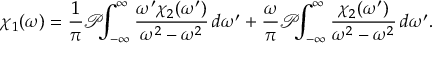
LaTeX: \chi _ { 1 } ( \omega ) = { \frac { 1 } { \pi } } { \mathcal { P } } \! \! \! \int _ { - \infty } ^ { \infty } { \frac { \omega ^ { \prime } \chi _ { 2 } ( \omega ^ { \prime } ) } { \omega ^ { 2 } - \omega ^ { 2 } } } \, d \omega ^ { \prime } + { \frac { \omega } { \pi } } { \mathcal { P } } \! \! \! \int _ { - \infty } ^ { \infty } { \frac { \chi _ { 2 } ( \omega ^ { \prime } ) } { \omega ^ { 2 } - \omega ^ { 2 } } } \, d \omega ^ { \prime } .